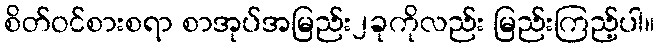
စိတ်ဝင်စားစရာ စာအုပ်အမြည်း၂ခုကိုလည်း မြည်းကြည့်ပါ။